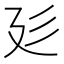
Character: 𢌘